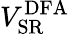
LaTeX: V_{\mathrm{SR}}^{\mathrm{DFA}}